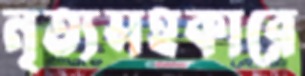
নৃত্যসহকারে